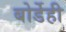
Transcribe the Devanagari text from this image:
बोर्डेही